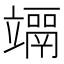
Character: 𥫀